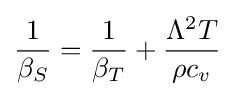
{\frac {1}{\beta _{S}}}={\frac {1}{\beta _{T}}}+{\frac {\Lambda ^{2}T}{\rho c_{v}}}